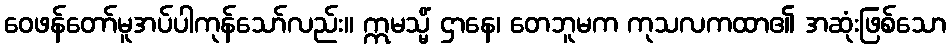
ဝေဖန်တော်မူအပ်ပါကုန်သော်လည်း။ ဣမသ္မိံ ဌာနေ၊ တေဘူမက ကုသလကထာ၏ အဆုံးဖြစ်သော